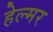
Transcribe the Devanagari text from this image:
हेल्मर